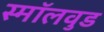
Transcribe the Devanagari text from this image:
स्मॉलवुड